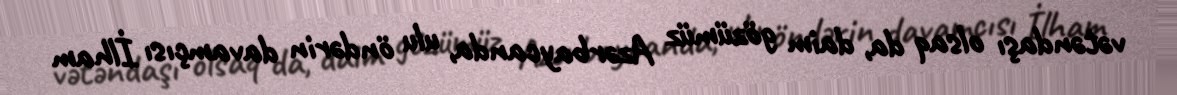
vətəndaşı olsaq da, daim gözümüz Azərbaycanda, ulu öndərin davamçısı İlham